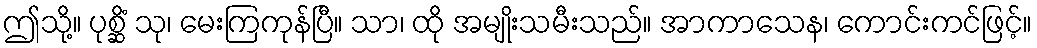
ဤသို့။ ပုစ္ဆိံ သု၊ မေးကြကုန်ပြီ။ သာ၊ ထို အမျိုးသမီးသည်။ အာကာသေန၊ ကောင်းကင်ဖြင့်။